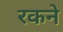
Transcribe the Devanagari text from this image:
रकने